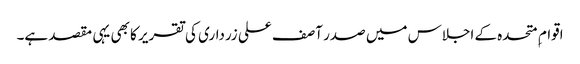
اقوام ِ متحدہ کے اجلاس میں صدر آصف علی زرداری کی تقریر کا بھی یہی مقصد ہے۔